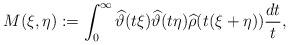
LaTeX: \begin{align*}M(\xi,\eta) := \int_0^\infty \widehat{\vartheta}(t\xi)\widehat{\vartheta}(t\eta)\widehat{\rho}(t(\xi+\eta)) \frac{dt}{t},\end{align*}